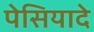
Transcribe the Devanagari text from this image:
पेसियादे